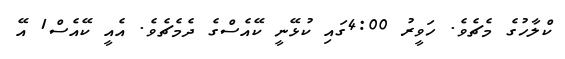
ކްލާހުގެ މެޗެވެ. ހަވީރު 4:00ގައި ކުޅޭނީ ކޭއެސްގެ ދެމެޗެވެ. އެއީ ކޭއެސް1 އޭ